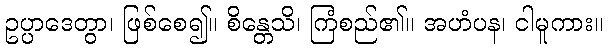
ဥပ္ပာဒေတွာ၊ ဖြစ်စေ၍။ စိန္တေသိ၊ ကြံစည်၏။ အဟံပန၊ ငါမူကား။